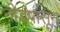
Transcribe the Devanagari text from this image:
नोडपासून